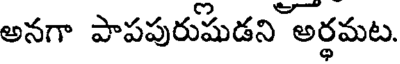
అనగా పాపపురుషుడని అర్ధమట.